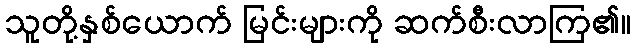
သူတို့နှစ်ယောက် မြင်းများကို ဆက်စီးလာကြ၏။